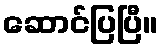
ဆောင်ပြပြီ။